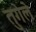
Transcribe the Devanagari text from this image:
तुगॆलॆ